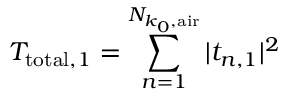
T _ { \mathrm { t o t a l } , 1 } = \sum _ { n = 1 } ^ { N _ { k _ { 0 } , \mathrm { a i r } } } | t _ { n , 1 } | ^ { 2 }